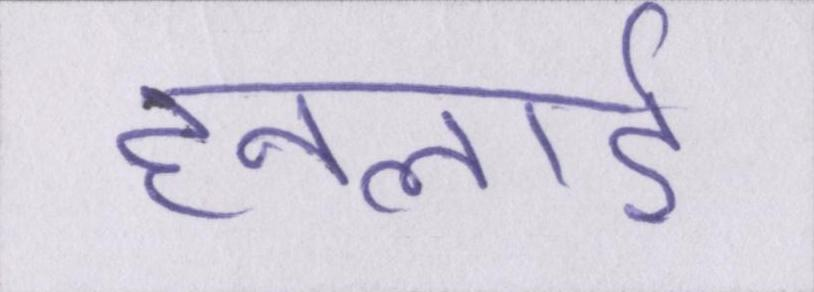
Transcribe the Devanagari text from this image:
हनलाई